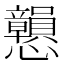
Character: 𢥿